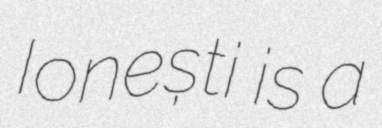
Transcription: Ionești is a